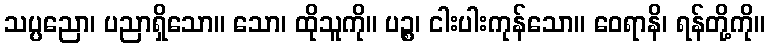
သပ္ပညော၊ ပညာရှိသော။ သော၊ ထိုသူကို။ ပဉ္စ၊ ငါးပါးကုန်သော။ ဝေရာနိ၊ ရန်တို့ကို။